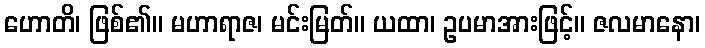
ဟောတိ၊ ဖြစ်၏။ မဟာရာဇ၊ မင်းမြတ်။ ယထာ၊ ဥပမာအားဖြင့်။ ဇလမာနော၊